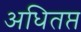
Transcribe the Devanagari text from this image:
अधितप्त